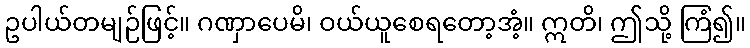
ဥပါယ်တမျဉ်ဖြင့်။ ဂဏှာပေမိ၊ ဝယ်ယူစေရတော့အံ့။ ဣတိ၊ ဤသို့ ကြံ၍။